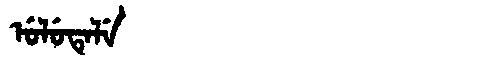
Manchu: ᡠᠯᡠᡨᡝᠯᡝ
Romanization: ULUTELE